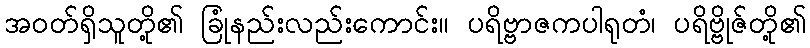
အဝတ်ရှိသူတို့၏ ခြုံနည်းလည်းကောင်း။ ပရိဗ္ဗာဇကပါရုတံ၊ ပရိဗ္ဗိုဇ်တို့၏